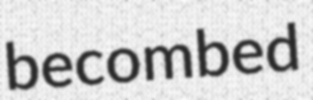
becombed